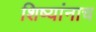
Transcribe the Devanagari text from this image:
शिष्यांनाच